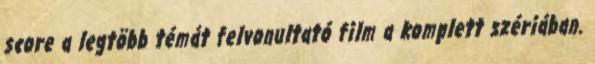
score a legtöbb témát felvonultató film a komplett szériában.